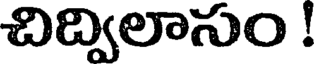
చిద్విలాసుం !